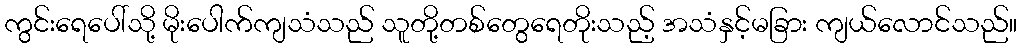
ကွင်းရေပေါ်သို့ မိုးပေါက်ကျသံသည် သူတို့တစ်တွေရေတိုးသည့် အသံနှင့်မခြား ကျယ်လောင်သည်။